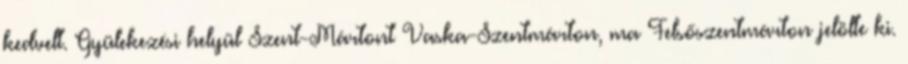
kedvelt. Gyülekezési helyül Szent-Mártont Vaska-Szentmárton, ma Felsőszentmárton jelölte ki.